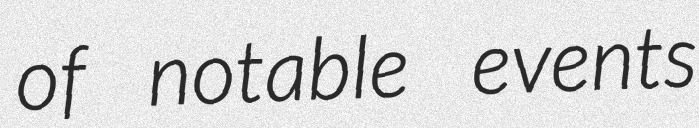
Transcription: of notable events